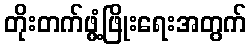
တိုးတက်ဖွံ့ဖြိုးရေးအတွက်